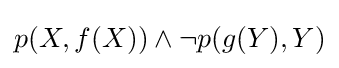
p(X,f(X))\land \lnot p(g(Y),Y)